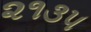
૨૧૩૫